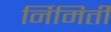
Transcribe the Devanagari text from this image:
र्निमिती